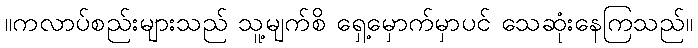
။ကလာပ်စည်းများသည် သူ့မျက်စိ ရှေ့မှောက်မှာပင် သေဆုံးနေကြသည်။